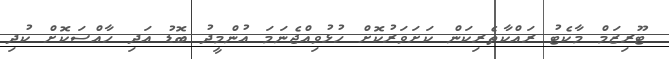
ޓޫރިޒަމް މާކެޓު ރައްކާތެރިކަން ކަށަވަރުކޮށް ހުޅުވިއްޖެނަމަ އުންމީދު ބޮޑު އަދި ހާއްސަކޮށް ކުދި